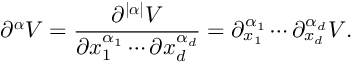
\partial ^ { \boldsymbol { { \boldsymbol \alpha } } } \boldsymbol { V } = \frac { \partial ^ { | \boldsymbol { { \boldsymbol \alpha } } | } \boldsymbol { V } } { \partial x _ { 1 } ^ { \alpha _ { 1 } } \cdots \partial x _ { d } ^ { \alpha _ { d } } } = \partial _ { x _ { 1 } } ^ { \alpha _ { 1 } } \cdots \partial _ { x _ { d } } ^ { \alpha _ { d } } \boldsymbol { V } .